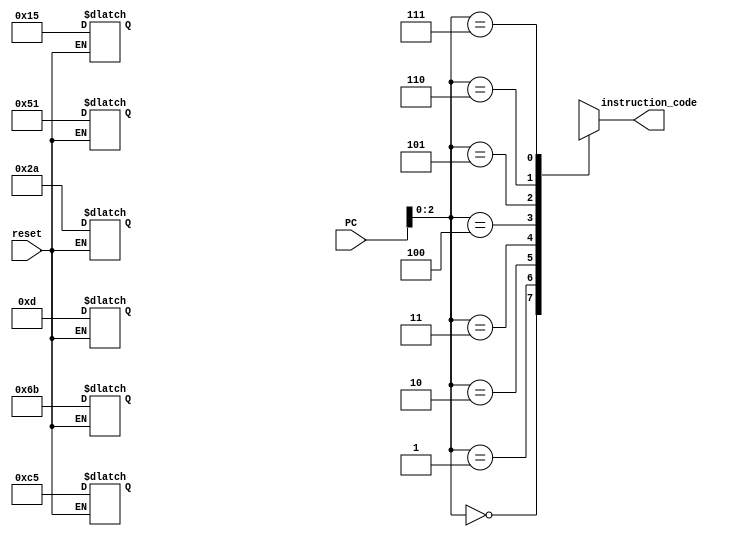
`timescale 1ns / 1ps
//////////////////////////////////////////////////////////////////////////////////
// Company: 
// Engineer: 
// 
// Design Name: 
// Module Name: instruction_memory
// Project Name: 
// Target Devices: 
// Tool Versions: 
// Description: 
// 
// Dependencies: 
// 
// Revision:
// Revision 0.01 - File Created
// Additional Comments:
// 
//////////////////////////////////////////////////////////////////////////////////


module instruction_memory(
    input [7:0] PC,
    input reset,
    output [7:0] instruction_code
    );
    
    reg [7:0] Memory [7:0]; //byte-addressable memory (8 locations)
    
    assign instruction_code = Memory[PC];
    
    always@(reset)
    begin
        if (reset == 1)
        begin
            Memory[0] = 8'h15;
            Memory[1] = 8'h51;
            Memory[2] = 8'h2a;
            Memory[3] = 8'hc5;
            Memory[4] = 8'h6b;
            Memory[5] = 8'h0d;
        end
    end
endmodule